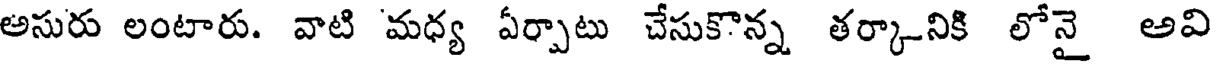
అసురు లంటారు. వాటి మధ్య ఏర్పాటు చేసుకొన్న తర్కానికి లోనై అవి